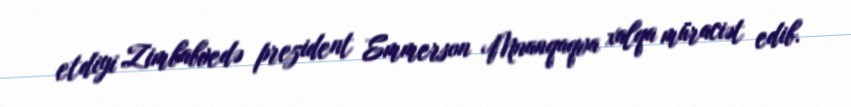
etdiyi Zimbabvedə prezident Emmerson Mnanqaqva xalqa müraciət edib.